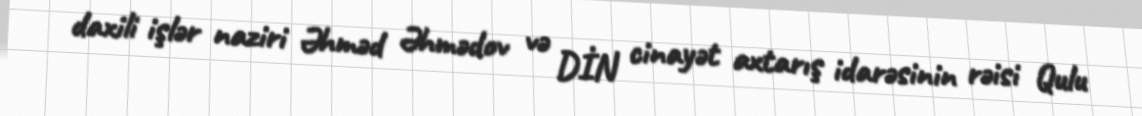
daxili işlər naziri Əhməd Əhmədov və DİN cinayət axtarış idarəsinin rəisi Qulu